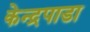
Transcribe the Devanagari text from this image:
केन्द्रपाडा